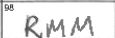
Transcription: RMM